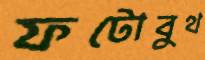
ফটোবুথ